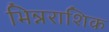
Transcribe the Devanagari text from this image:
भिन्नराशिक